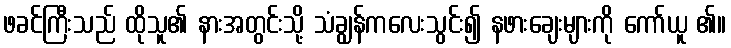
ဖခင်ကြီးသည် ထိုသူ၏ နားအတွင်းသို့ သံချွန်ကလေးသွင်း၍ နဖားချေးများကို ကော်ယူ ၏။